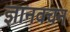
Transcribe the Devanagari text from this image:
ज्ञानवचन